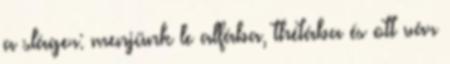
a sláger: menjünk le alfába, thétába és ott vár